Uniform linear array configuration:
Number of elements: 48
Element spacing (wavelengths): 1
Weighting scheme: hann
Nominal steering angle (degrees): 45
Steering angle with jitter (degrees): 43.054
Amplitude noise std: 0.05
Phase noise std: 0.05

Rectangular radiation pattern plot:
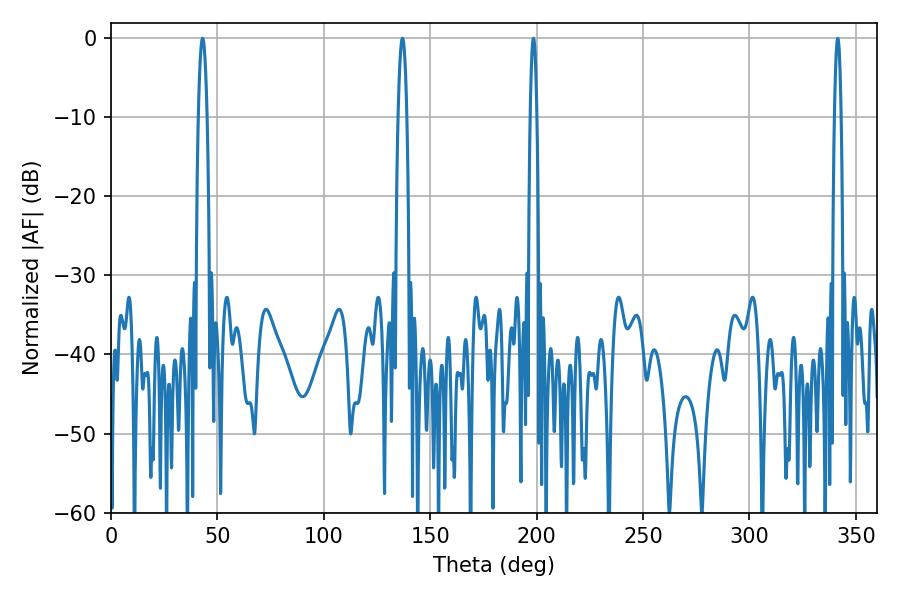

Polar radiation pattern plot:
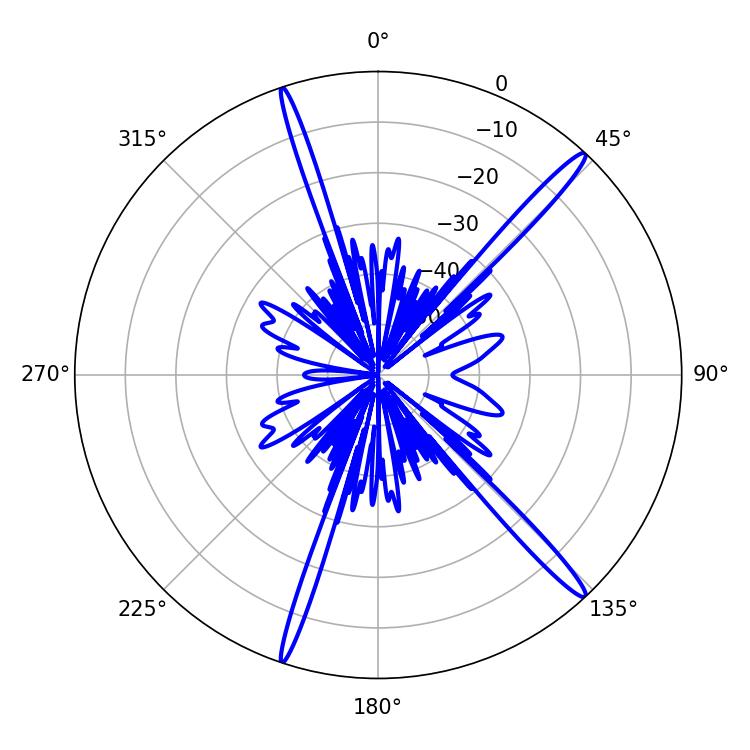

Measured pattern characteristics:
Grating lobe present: TRUE
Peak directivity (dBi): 17.212
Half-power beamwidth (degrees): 2.16
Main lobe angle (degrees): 43.02